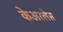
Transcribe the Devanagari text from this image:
केअरलेस